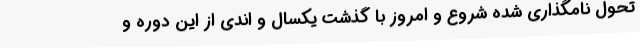
تحول نامگذاری شده شروع و امروز با گذشت یکسال و اندی از این دوره و